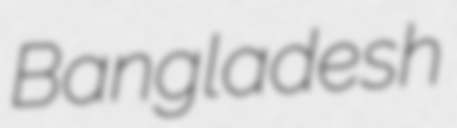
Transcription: Bangladesh